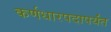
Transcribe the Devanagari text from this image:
कर्णधारपदापर्यंत